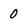
Character: 0